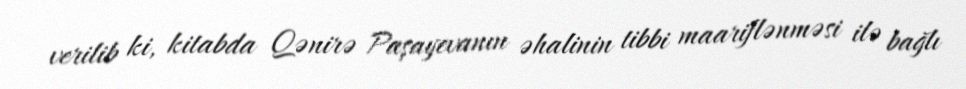
verilib ki, kitabda Qənirə Paşayevanın əhalinin tibbi maariflənməsi ilə bağlı